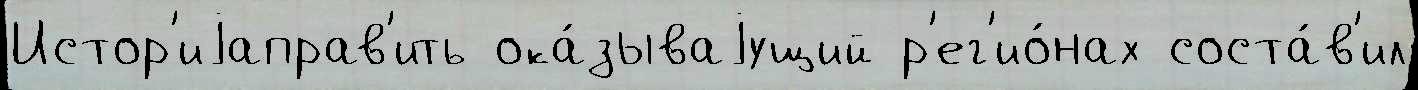
Истор'иjаправ'ить ока́зываjущий р'ег'ио́нах соста́в'ил